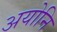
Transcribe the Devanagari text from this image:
अयोनि